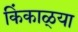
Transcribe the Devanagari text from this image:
किंकाळ्या